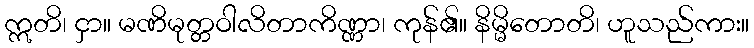
ဣတိ၊ ငှာ။ မဏိမုတ္တဝါလိတာကိဏ္ဏာ၊ ကုန်၏။ နိမ္မိတောတိ၊ ဟူသည်ကား။